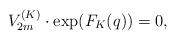
LaTeX: \begin{align*}V^{(K)}_{2m}\cdot\exp(F_K(q))=0,\end{align*}